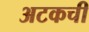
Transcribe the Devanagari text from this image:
अटकची